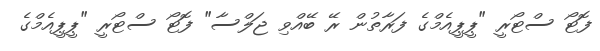
ފޮޓޯ ސްޓޯރީ "ޕީޕީއެމްގެ ފަރާތުން ރޭ ބޭއްވި ޖަލްސާ" ފޮޓޯ ސްޓޯރީ "ޕީޕީއެމްގެ